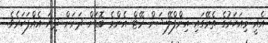
އެއީ މިއަހަރުގެ ތެރޭގައި އިންފްލޭޝަން ރޭޓް އެންމެ ބޮޑަށް ދަށަށް ދިޔަ އެއްފަހަރެވެ.